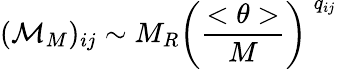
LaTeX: ({\cal M}_{M})_{ij}\sim M_{R}\left(\frac{<\theta>}{M}\right)^{\: q_{ij}}